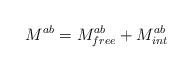
LaTeX: \begin{align*}M^{ab}=M^{ab}_{free} + M^{ab}_{int}\end{align*}